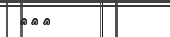
١٥٩